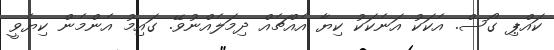
ކައްޕި ގޯސް. އެކަކު އަނެކަކު ކިޔާ އެއްޗެއް ދިމަލެއްނުވޭ. ގައިމު އެންމެން ކިޔެވީ